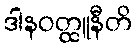
ဒါနဝတ္ထူနီတိ